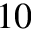
1 0